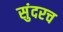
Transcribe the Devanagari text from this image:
सुंदरच